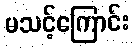
မသင့်ကြောင်း